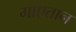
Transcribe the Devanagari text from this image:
गाएतान